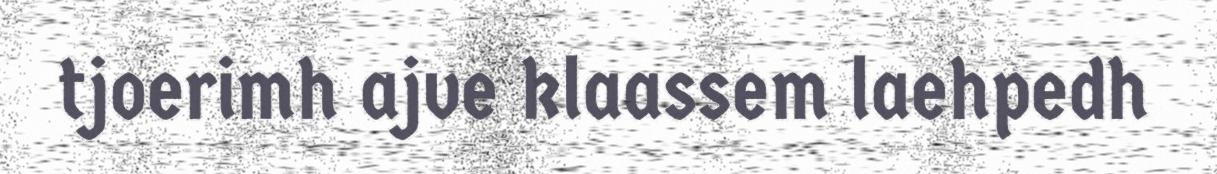
tjoerimh ajve klaassem laehpedh